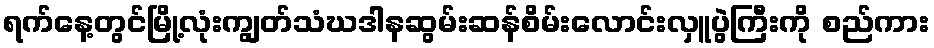
ရက်နေ့တွင်မြို့လုံးကျွတ်သံဃဒါနဆွမ်းဆန်စိမ်းလောင်းလှူပွဲကြီးကို စည်ကား